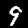
Label: 9